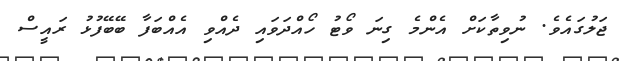
ޖަލުގައެވެ. ނުވިތާކަށް އެންމެ ގިނަ ވޯޓު ހޯއްދަވައި ދެއްވި އެއްބަފާ ބޭބޭފުޅު ރައީސް